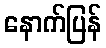
နောက်ပြန်